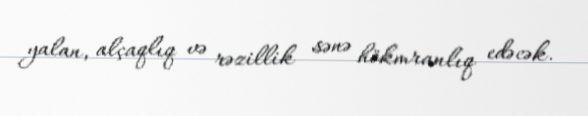
yalan, alçaqlıq və rəzillik sənə hökmranlıq edəcək.